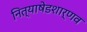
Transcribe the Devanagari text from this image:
नित्याषेडशार्णव